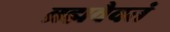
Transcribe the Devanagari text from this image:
ब्रह्मवैवतं